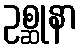
ဥစ္ဆုနာ